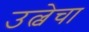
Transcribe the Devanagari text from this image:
उल्वेचा